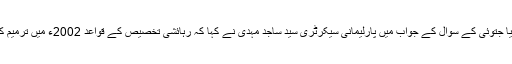
پیر کو قومی اسمبلی میں وقفہ سوالات کے دوران ثریا جتوئی کے سوال کے جواب میں پارلیمانی سیکرٹری سید ساجد مہدی نے کہا کہ رہائشی تخصیص کے قواعد 2002ء میں ترمیم کے لئے سمری وزیراعظم کو ارسال کردی گئی ہے۔